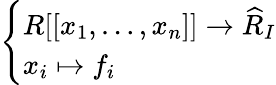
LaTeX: \left\{ \begin{array}{ll}{R[[x_{1},\ldots,x_{n}]]\to{\widehat{R}}_{I}}\\ {x_{i}\mapsto f_{i}}\end{array}\right.